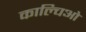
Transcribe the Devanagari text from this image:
काल्चिओ